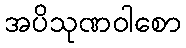
အပိသုဏဝါစော